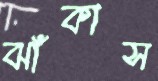
ঝাঁকাস